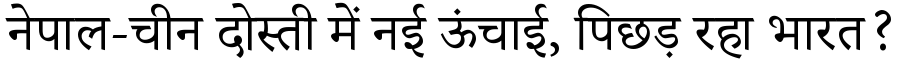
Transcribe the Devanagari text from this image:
नेपाल-चीन दोस्ती में नई ऊंचाई, पिछड़ रहा भारत?